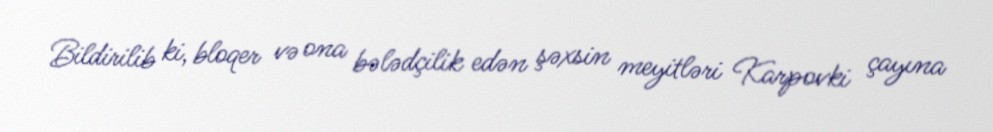
Bildirilib ki, bloqer və ona bələdçilik edən şəxsin meyitləri Karpovki çayına